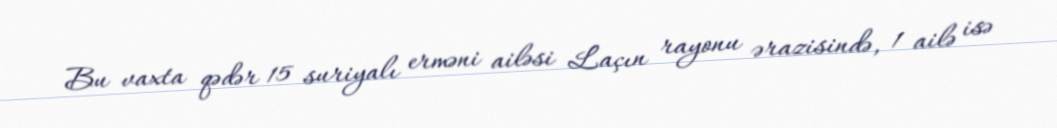
Bu vaxta qədər 15 suriyalı erməni ailəsi Laçın rayonu ərazisində, 1 ailə isə